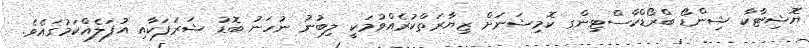
ޔޮޝިޓާކާ ޝިންޑޯ ބްރޯޑްކާސްޓިންގ ކޮމިޝަނަށް ޒިޔާރަތްކުރެއްވުމަކީ ލިބުނު ނުހަނު ބޮޑު ޝަރަފަކާއި އުފަލެއްކަމުގައެވެ.